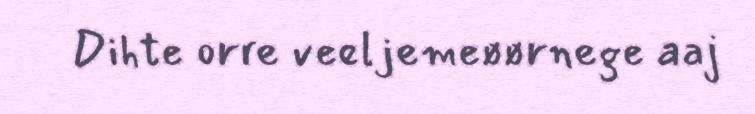
Dihte orre veeljemeøørnege aaj